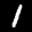
Label: 1